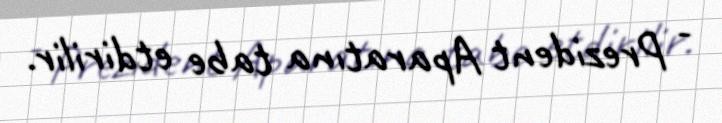
- Prezident Aparatına tabe etdirilir.